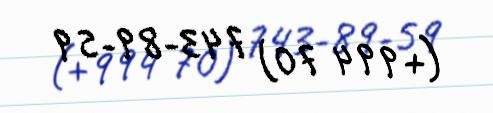
(+994 70) 743-89-59